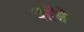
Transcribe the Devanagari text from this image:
पहँचे